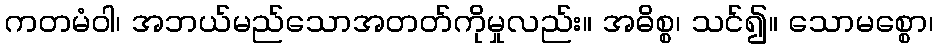
ကတမံဝါ၊ အဘယ်မည်သောအတတ်ကိုမှုလည်း။ အဓိစ္စ၊ သင်၍။ သောမစ္စော၊